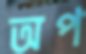
অপ